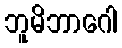
ဘူမိဘာဂေါ